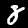
Label: 8